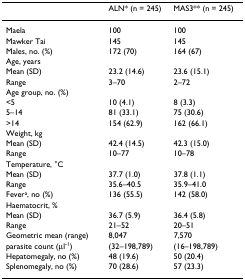
<table><thead><tr><td></td><td><b>ALN* (n = 245)</b></td><td><b>MAS3** (n = 245)</b></td></tr></thead><tbody><tr><td>Maela</td><td>100</td><td>100</td></tr><tr><td>Mawker Tai</td><td>145</td><td>145</td></tr><tr><td>Males, no. (%)</td><td>172 (70)</td><td>164 (67)</td></tr><tr><td>Age, years</td><td></td><td></td></tr><tr><td>Mean (SD)</td><td>23.2 (14.6)</td><td>23.6 (15.1)</td></tr><tr><td>Range</td><td>3–70</td><td>2–72</td></tr><tr><td>Age group, no. (%)</td><td></td><td></td></tr><tr><td>&lt;5</td><td>10 (4.1)</td><td>8 (3.3)</td></tr><tr><td>5–14</td><td>81 (33.1)</td><td>75 (30.6)</td></tr><tr><td>&gt;14</td><td>154 (62.9)</td><td>162 (66.1)</td></tr><tr><td>Weight, kg</td><td></td><td></td></tr><tr><td>Mean (SD)</td><td>42.4 (14.5)</td><td>42.3 (15.0)</td></tr><tr><td>Range</td><td>10–77</td><td>10–78</td></tr><tr><td>Temperature, °C</td><td></td><td></td></tr><tr><td>Mean (SD)</td><td>37.7 (1.0)</td><td>37.8 (1.1)</td></tr><tr><td>Range</td><td>35.6–40.5</td><td>35.9–41.0</td></tr><tr><td>Fever<sup>a</sup>, no (%)</td><td>136 (55.5)</td><td>142 (58.0)</td></tr><tr><td>Haematocrit, %</td><td></td><td></td></tr><tr><td>Mean (SD)</td><td>36.7 (5.9)</td><td>36.4 (5.8)</td></tr><tr><td>Range</td><td>21–52</td><td>20–51</td></tr><tr><td>Geometric mean (range)</td><td>8,047</td><td>7,570</td></tr><tr><td>parasite count (μl<sup>-1</sup>)</td><td>(32–198,789)</td><td>(16–198,789)</td></tr><tr><td>Hepatomegaly, no (%)</td><td>48 (19.6)</td><td>50 (20.4)</td></tr><tr><td>Splenomegaly, no (%)</td><td>70 (28.6)</td><td>57 (23.3)</td></tr></tbody></table>